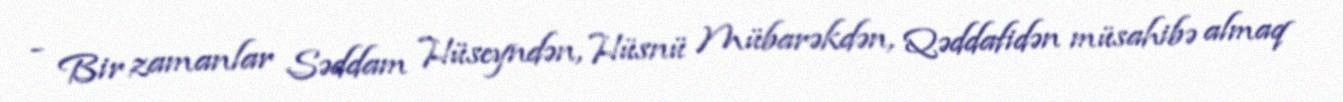
- Bir zamanlar Səddam Hüseyndən, Hüsnü Mübarəkdən, Qəddafidən müsahibə almaq